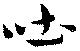
吐